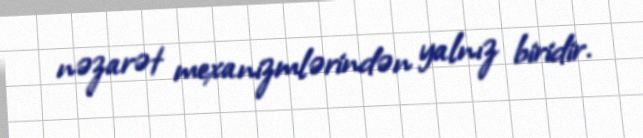
nəzarət mexanizmlərindən yalnız biridir.